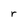
Character: r